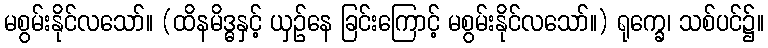
မစွမ်းနိုင်လသော်။ (ထိနမိဒ္ဓနှင့် ယှဉ်နေ ခြင်းကြောင့် မစွမ်းနိုင်လသော်။) ရုက္ခေ၊ သစ်ပင်၌။